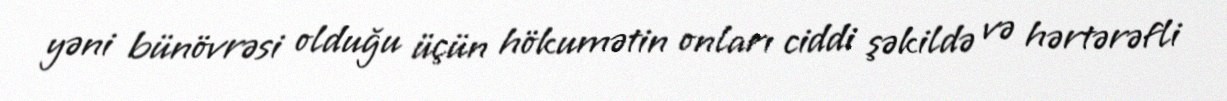
yəni bünövrəsi olduğu üçün hökumətin onları ciddi şəkildə və hərtərəfli